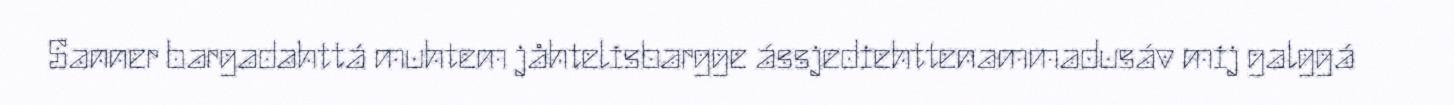
Sanner bargadahttá muhtem jåhtelisbargge ássjediehttenammadusáv mij galggá